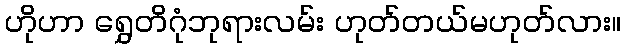
ဟိုဟာ ရွှေတိဂုံဘုရားလမ်း ဟုတ်တယ်မဟုတ်လား။